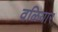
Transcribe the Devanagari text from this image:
वळियार